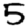
Digit: 5